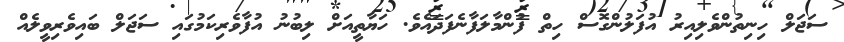
ސަޖަލް ހިނިތުންވެލިއިރު އުފަލުންގޮސް ހިތް ފުންމާލަފާނެފަދައެވެ. ހަޔާތީއަށް ލިބުނު އުފާވެރިކަމުގައި ސަޖަލް ބައިވެރިވީލެއް